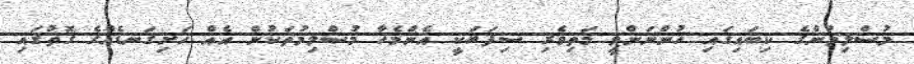
މުސްލިމުންގެ ކިބައިގައި ހުންނަންވީ މަތިވެރި ސިފަޔަކީ އެންމެހާ މުސްލިމުތަކުން އެއް ހަށިގަނޑެއްގެ ގޮތުގައި